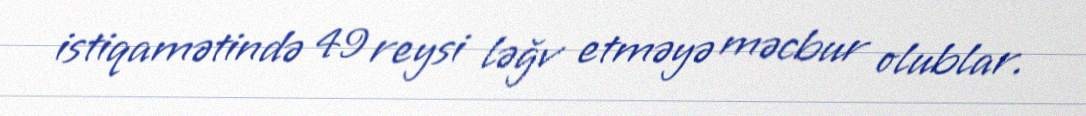
istiqamətində 49 reysi ləğv etməyə məcbur olublar.